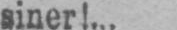
siner!...